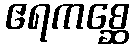
ဧရကစ္ဆေ